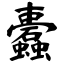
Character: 蠹